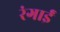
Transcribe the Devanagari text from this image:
रंगाईं